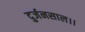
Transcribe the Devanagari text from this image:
दुर्जनसाल।।